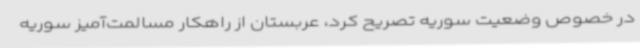
در خصوص وضعیت سوریه تصریح کرد، عربستان از راهکار مسالمت‌آمیز سوریه